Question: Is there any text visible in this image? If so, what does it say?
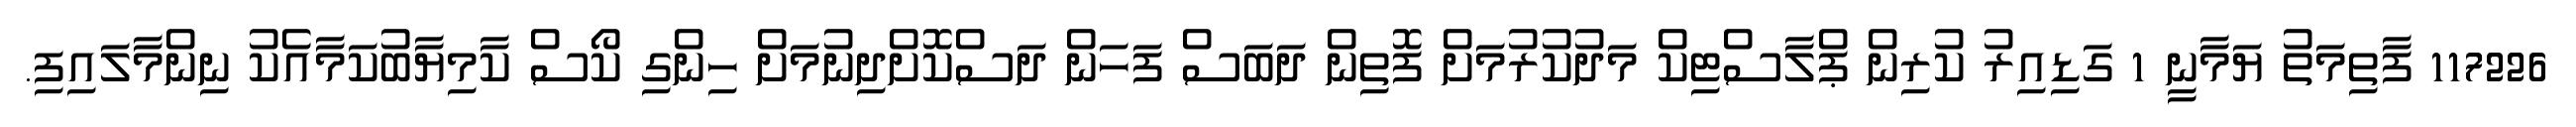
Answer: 117226 ފާތިމަތު ޔަމާނީ 1 ގަޑިއިރު ކުރިން ޕްލާސްޓިކް މަދުކުރުމަށް ފޮތިން ދަބަސް ފަހަން ދަސްކޮށްދިނުމަށް ހިންގި ކޯސް ކާމިޔާބުކަމާއެކު ނިންމާލައިފި.